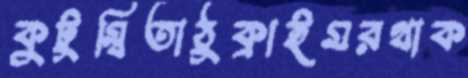
কুটুম্বিতাঠুক্‌রাইমরথাক